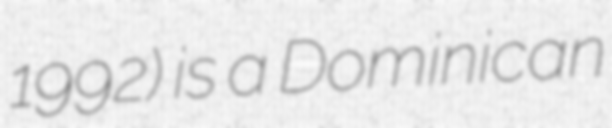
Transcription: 1992) is a Dominican